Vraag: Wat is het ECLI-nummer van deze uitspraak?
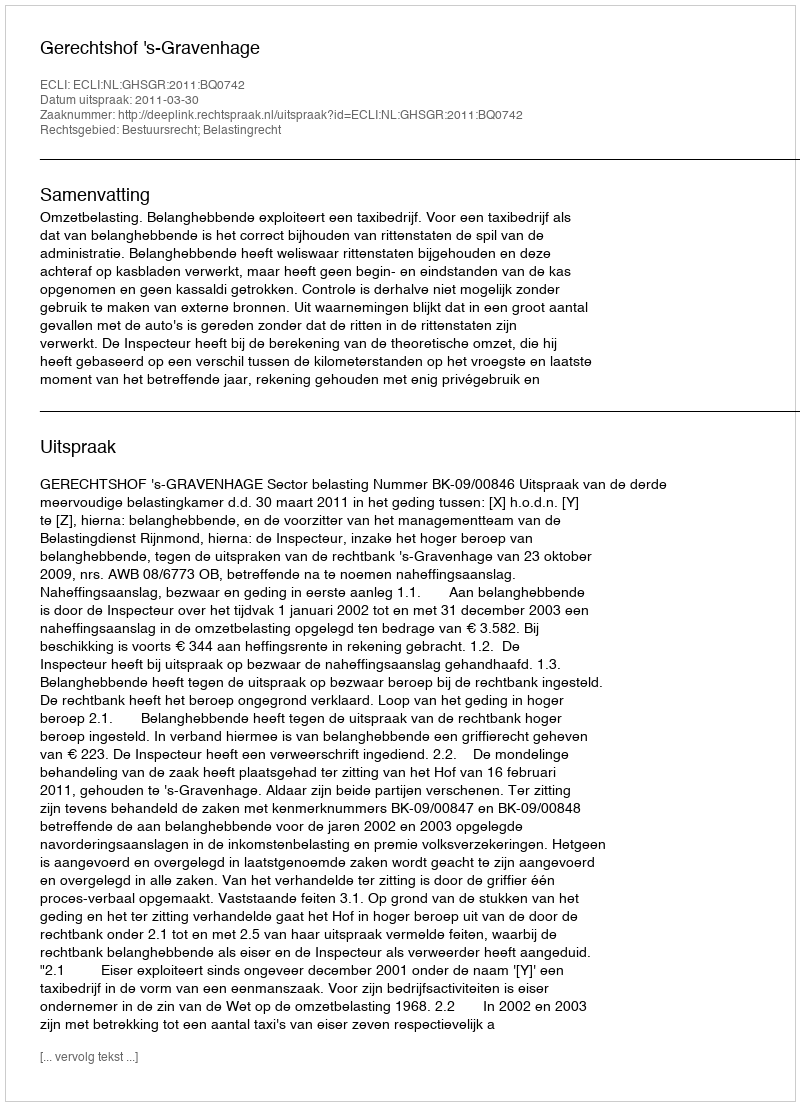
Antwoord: ECLI:NL:GHSGR:2011:BQ0742